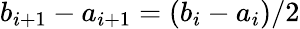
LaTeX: b_{i+1}-a_{i+1}=(b_{i}-a_{i})/2